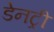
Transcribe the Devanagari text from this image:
डेनट्री